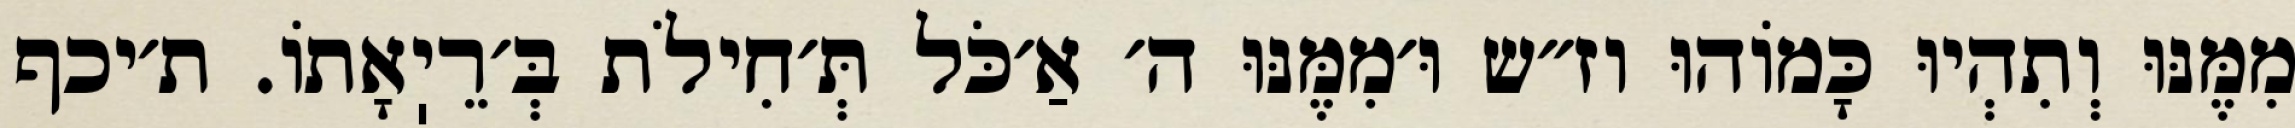
מִמֶּנּוּ וְתִהְיוּ כָּמוֹהוּ וז״ש וּ׳מִמֶּנּוּ ה׳ אַ׳כֹּל תְּ׳חִילֹת בְּ׳רֵיֽאָתוֹ. ת׳יכף